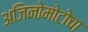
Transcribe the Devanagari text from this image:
अजिनोमोटोचा